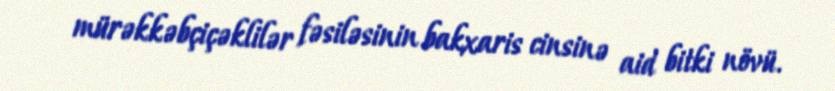
mürəkkəbçiçəklilər fəsiləsinin bakxaris cinsinə aid bitki növü.